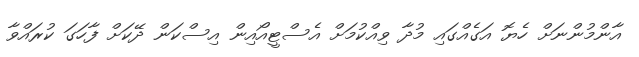
އާންމުންނަށް ހެޔޮ އަގެއްގައި މުދާ ވިއްކުމަށް އެސްޓީއޯއިން އިސްކަން ދޭކަށް ފާހަގަ ކުރައްވާ